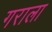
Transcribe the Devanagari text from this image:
गराला